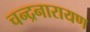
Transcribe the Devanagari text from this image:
चन्द्रनारायण